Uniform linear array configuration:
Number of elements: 48
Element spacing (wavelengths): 0.75
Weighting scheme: exponential
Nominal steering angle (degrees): -30
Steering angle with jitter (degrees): -31.192
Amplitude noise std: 0.05
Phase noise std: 0.05

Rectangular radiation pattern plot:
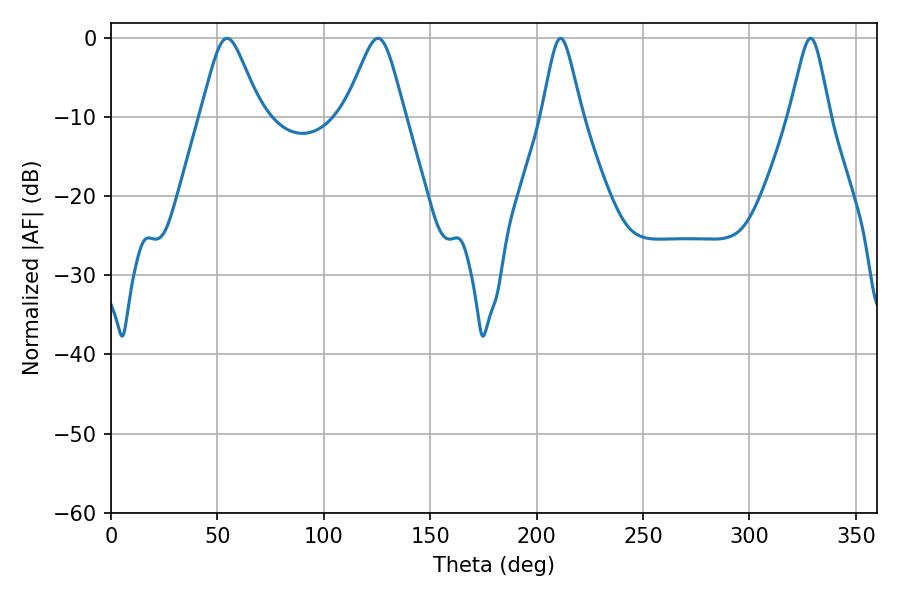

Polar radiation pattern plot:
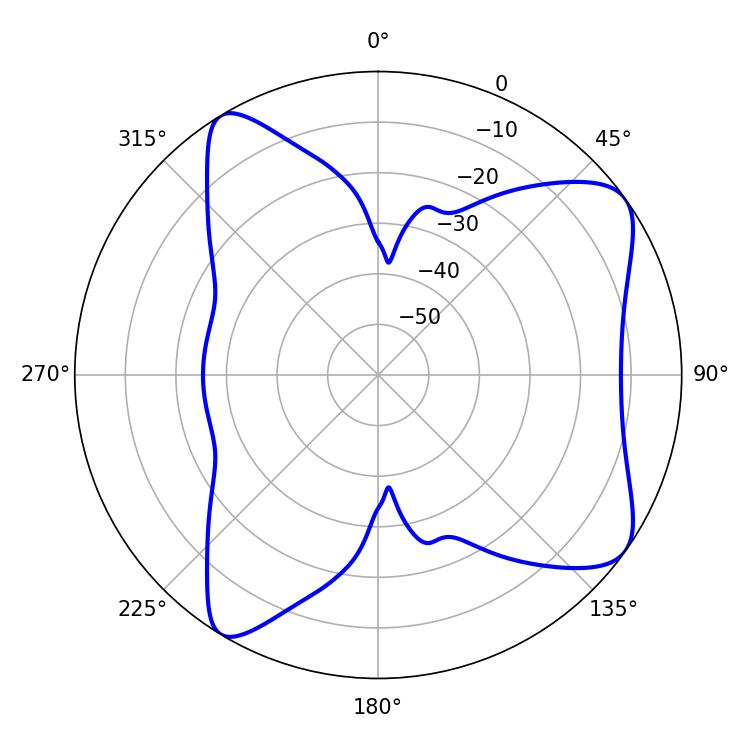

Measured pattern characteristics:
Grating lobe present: TRUE
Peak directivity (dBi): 8.297
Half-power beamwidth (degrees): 13.68
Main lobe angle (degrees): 54.54